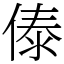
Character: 傣